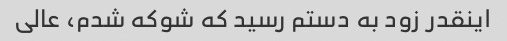
اینقدر زود به دستم رسید که شوکه شدم، عالی